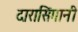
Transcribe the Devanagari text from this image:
दारासिंगानी